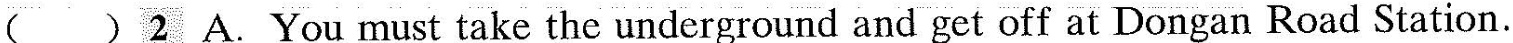
( ) 2 A. You must take the underground and get off at Dongan Road Station.